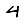
Digit: 4